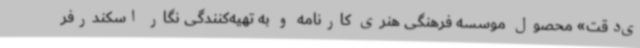
ی‌دقت» محصول موسسه فرهنگی هنری کارنامه و به تهیه‌کنندگی نگار اسکندرفر